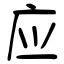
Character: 应